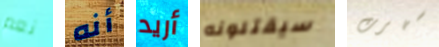
نعم أنه أريد سيقتلونه سهرت